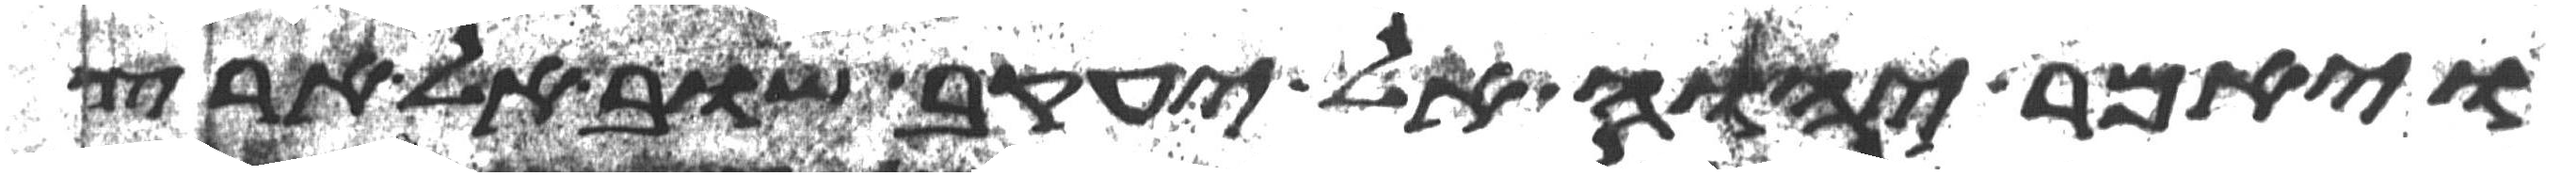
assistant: ויאמר יהוה אל יעקב שוב אל ארץ